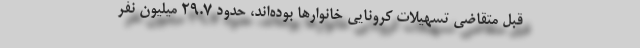
قبل متقاضی تسهیلات کرونایی خانوارها بوده‌اند، حدود ۲۹.۷ میلیون نفر